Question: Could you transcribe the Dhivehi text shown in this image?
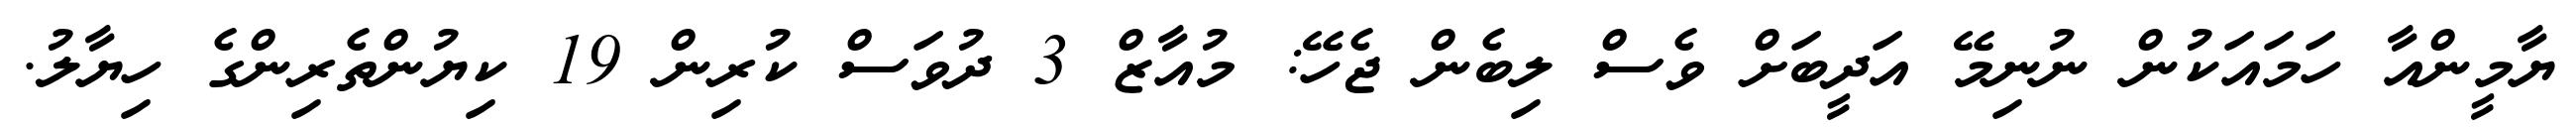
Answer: ޔާމީންއާ ހަމައަކުން ނުނިމޭ އަދީބަށް ވެސް ލިބެން ޖެހޭ: މުއާޒް 3 ދުވަސް ކުރިން 19 ކިޔުންތެރިންގެ ހިޔާލު.